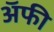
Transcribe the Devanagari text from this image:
अॅफी